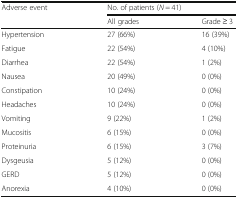
| <ROWSPAN=2> Adverse event | <COLSPAN=2> No. of patients (N = 41) |
 | All grades | Grade ≥ 3 |
 | --- | --- | --- |
 | Hypertension | 27 (66%) | 16 (39%) |
 | Fatigue | 22 (54%) | 4 (10%) |
 | Diarrhea | 22 (54%) | 1 (2%) |
 | Nausea | 20 (49%) | 0 (0%) |
 | Constipation | 10 (24%) | 0 (0%) |
 | Headaches | 10 (24%) | 0 (0%) |
 | Vomiting | 9 (22%) | 1 (2%) |
 | Mucositis | 6 (15%) | 0 (0%) |
 | Proteinuria | 6 (15%) | 3 (7%) |
 | Dysgeusia | 5 (12%) | 0 (0%) |
 | GERD | 5 (12%) | 0 (0%) |
 | Anorexia | 4 (10%) | 0 (0%) |